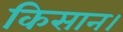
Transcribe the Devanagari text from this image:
किसान।